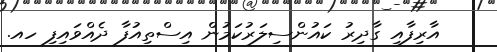
އާރިފާއި ގާދިރު ކައުންސިލަރުކަމުން އިސްތިއުފާ ދެއްވައިފި ހއ.